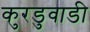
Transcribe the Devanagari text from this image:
कुरडुवाडी